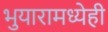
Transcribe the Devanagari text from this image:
भुयारामध्येही